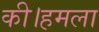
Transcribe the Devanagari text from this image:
की।हमला